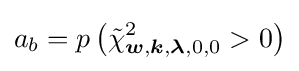
a_{b}=p\left({\tilde {\chi }}_{{\boldsymbol {w}},{\boldsymbol {k}},{\boldsymbol {\lambda }},0,0}^{2}>0\right)